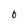
Character: 0